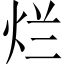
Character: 烂